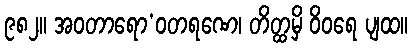
၉၈၂။ အဝတာရော’ဝတရဏေ၊ တိတ္ထမှိ ဝိဝရေ ပျထ။